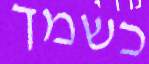
כשמך